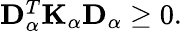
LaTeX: \begin{array}{r}{\mathbf{D}_{\alpha}^{T}\mathbf{K}_{\alpha}\mathbf{D}_{\alpha}\geq 0.}\end{array}